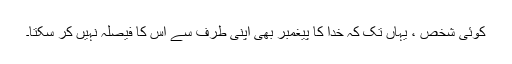
کوئی شخص ، یہاں تک کہ خدا کا پیغمبر بھی اپنی طرف سے اِس کا فیصلہ نہیں کر سکتا۔